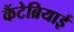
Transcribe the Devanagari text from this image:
कैंटेब्रियाई